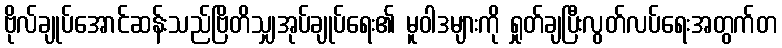
ဗိုလ်ချုပ်အောင်ဆန်းသည်ဗြိတိသျှအုပ်ချုပ်ရေး၏ မူဝါဒများကို ရှုတ်ချပြီးလွတ်လပ်ရေးအတွက်တ